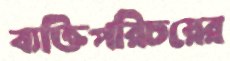
ব্যক্তিপরিচয়ের